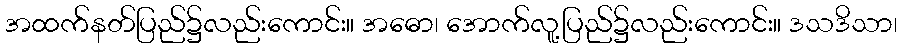
အထက်နတ်ပြည်၌လည်းကောင်း။ အဓော၊ အောက်လူ့ပြည်၌လည်းကောင်း။ ဒသဒိသာ၊